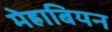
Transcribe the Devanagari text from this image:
मेह्राबियन